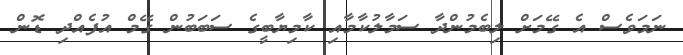
ނަމަވެސް އެ ގޭމަށް ލިބެމުންދާ ސަމާލުކާމާއި ކާމިޔާބީގެ ސަބަބުން ގޭމް އުފެއްދި ޑޮން